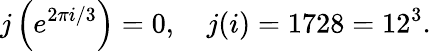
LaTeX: j\left(e^{2\pi i/3}\right)=0,\quad j(i)=1728=12^{3}.